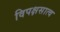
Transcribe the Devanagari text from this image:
विपक्षसात्व